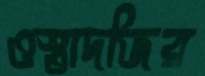
ওস্তাদজির